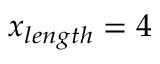
x _ { l e n g t h } = 4